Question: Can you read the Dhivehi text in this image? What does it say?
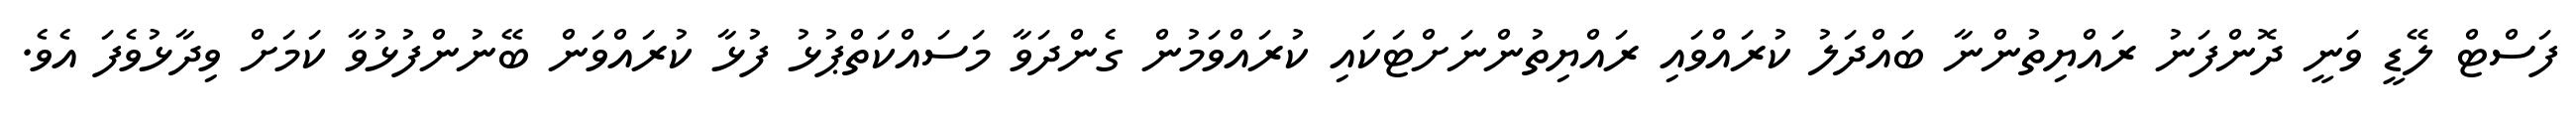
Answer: ފަސްޓް ލޭޑީ ވަނީ ދޮންފަނު ރައްޔިތުންނާ ބައްދަލު ކުރައްވައި ރައްޔިތުންނަށްޓަކައި ކުރައްވަމުން ގެންދަވާ މަސައްކަތްޕުޅު ފުޅާ ކުރައްވަން ބޭނުންފުޅުވާ ކަމަށް ވިދާޅުވެފަ އެވެ.